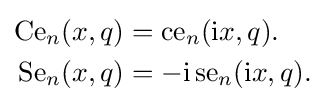
{\begin{aligned}{\text{Ce}}_{n}(x,q)&={\text{ce}}_{n}({\rm {i}}x,q).\\{\text{Se}}_{n}(x,q)&=-{\rm {i}}\,{\text{se}}_{n}({\rm {i}}x,q).\end{aligned}}